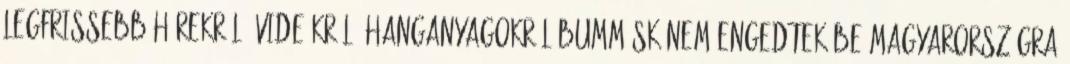
legfrissebb hírekről, videókról, hanganyagokról Bumm.sk Nem engedtek be Magyarországra